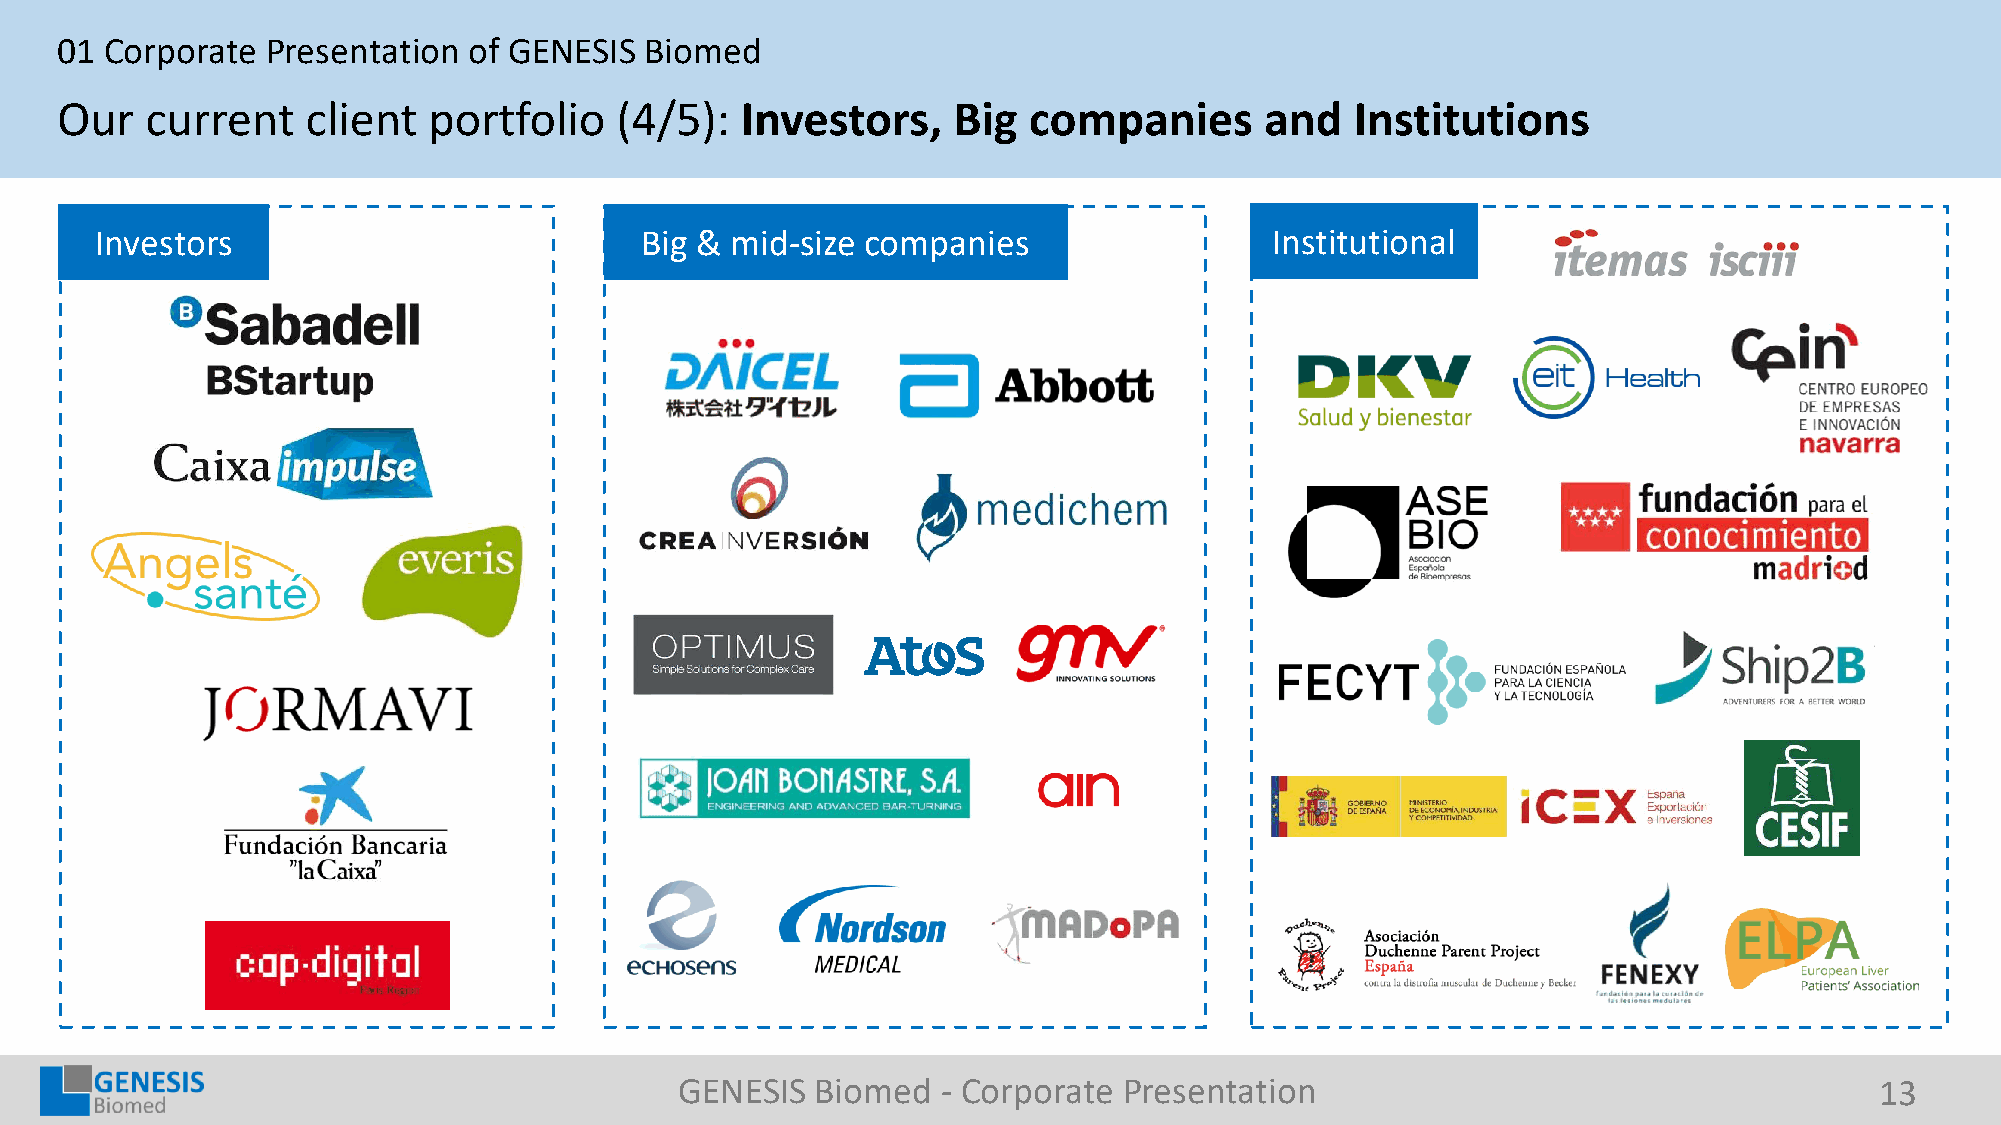
01 Corporate  Presentation of GENESIS  Biomed
 Our   current   client  portfolio    (4/5):  Investors,    Big  companies       and   Institutions
 Investors                           Big & mid-size companies                  Institutional
 GENESIS  Biomed  - Corporate Presentation                                      13